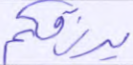
يرزقكم